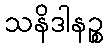
သနိဒါနဉ္စ